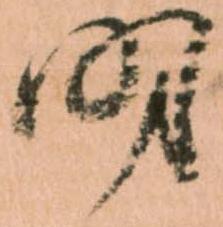
時